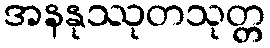
အနနုဿုတသုတ္တ